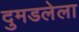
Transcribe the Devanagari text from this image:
दुमडलेला